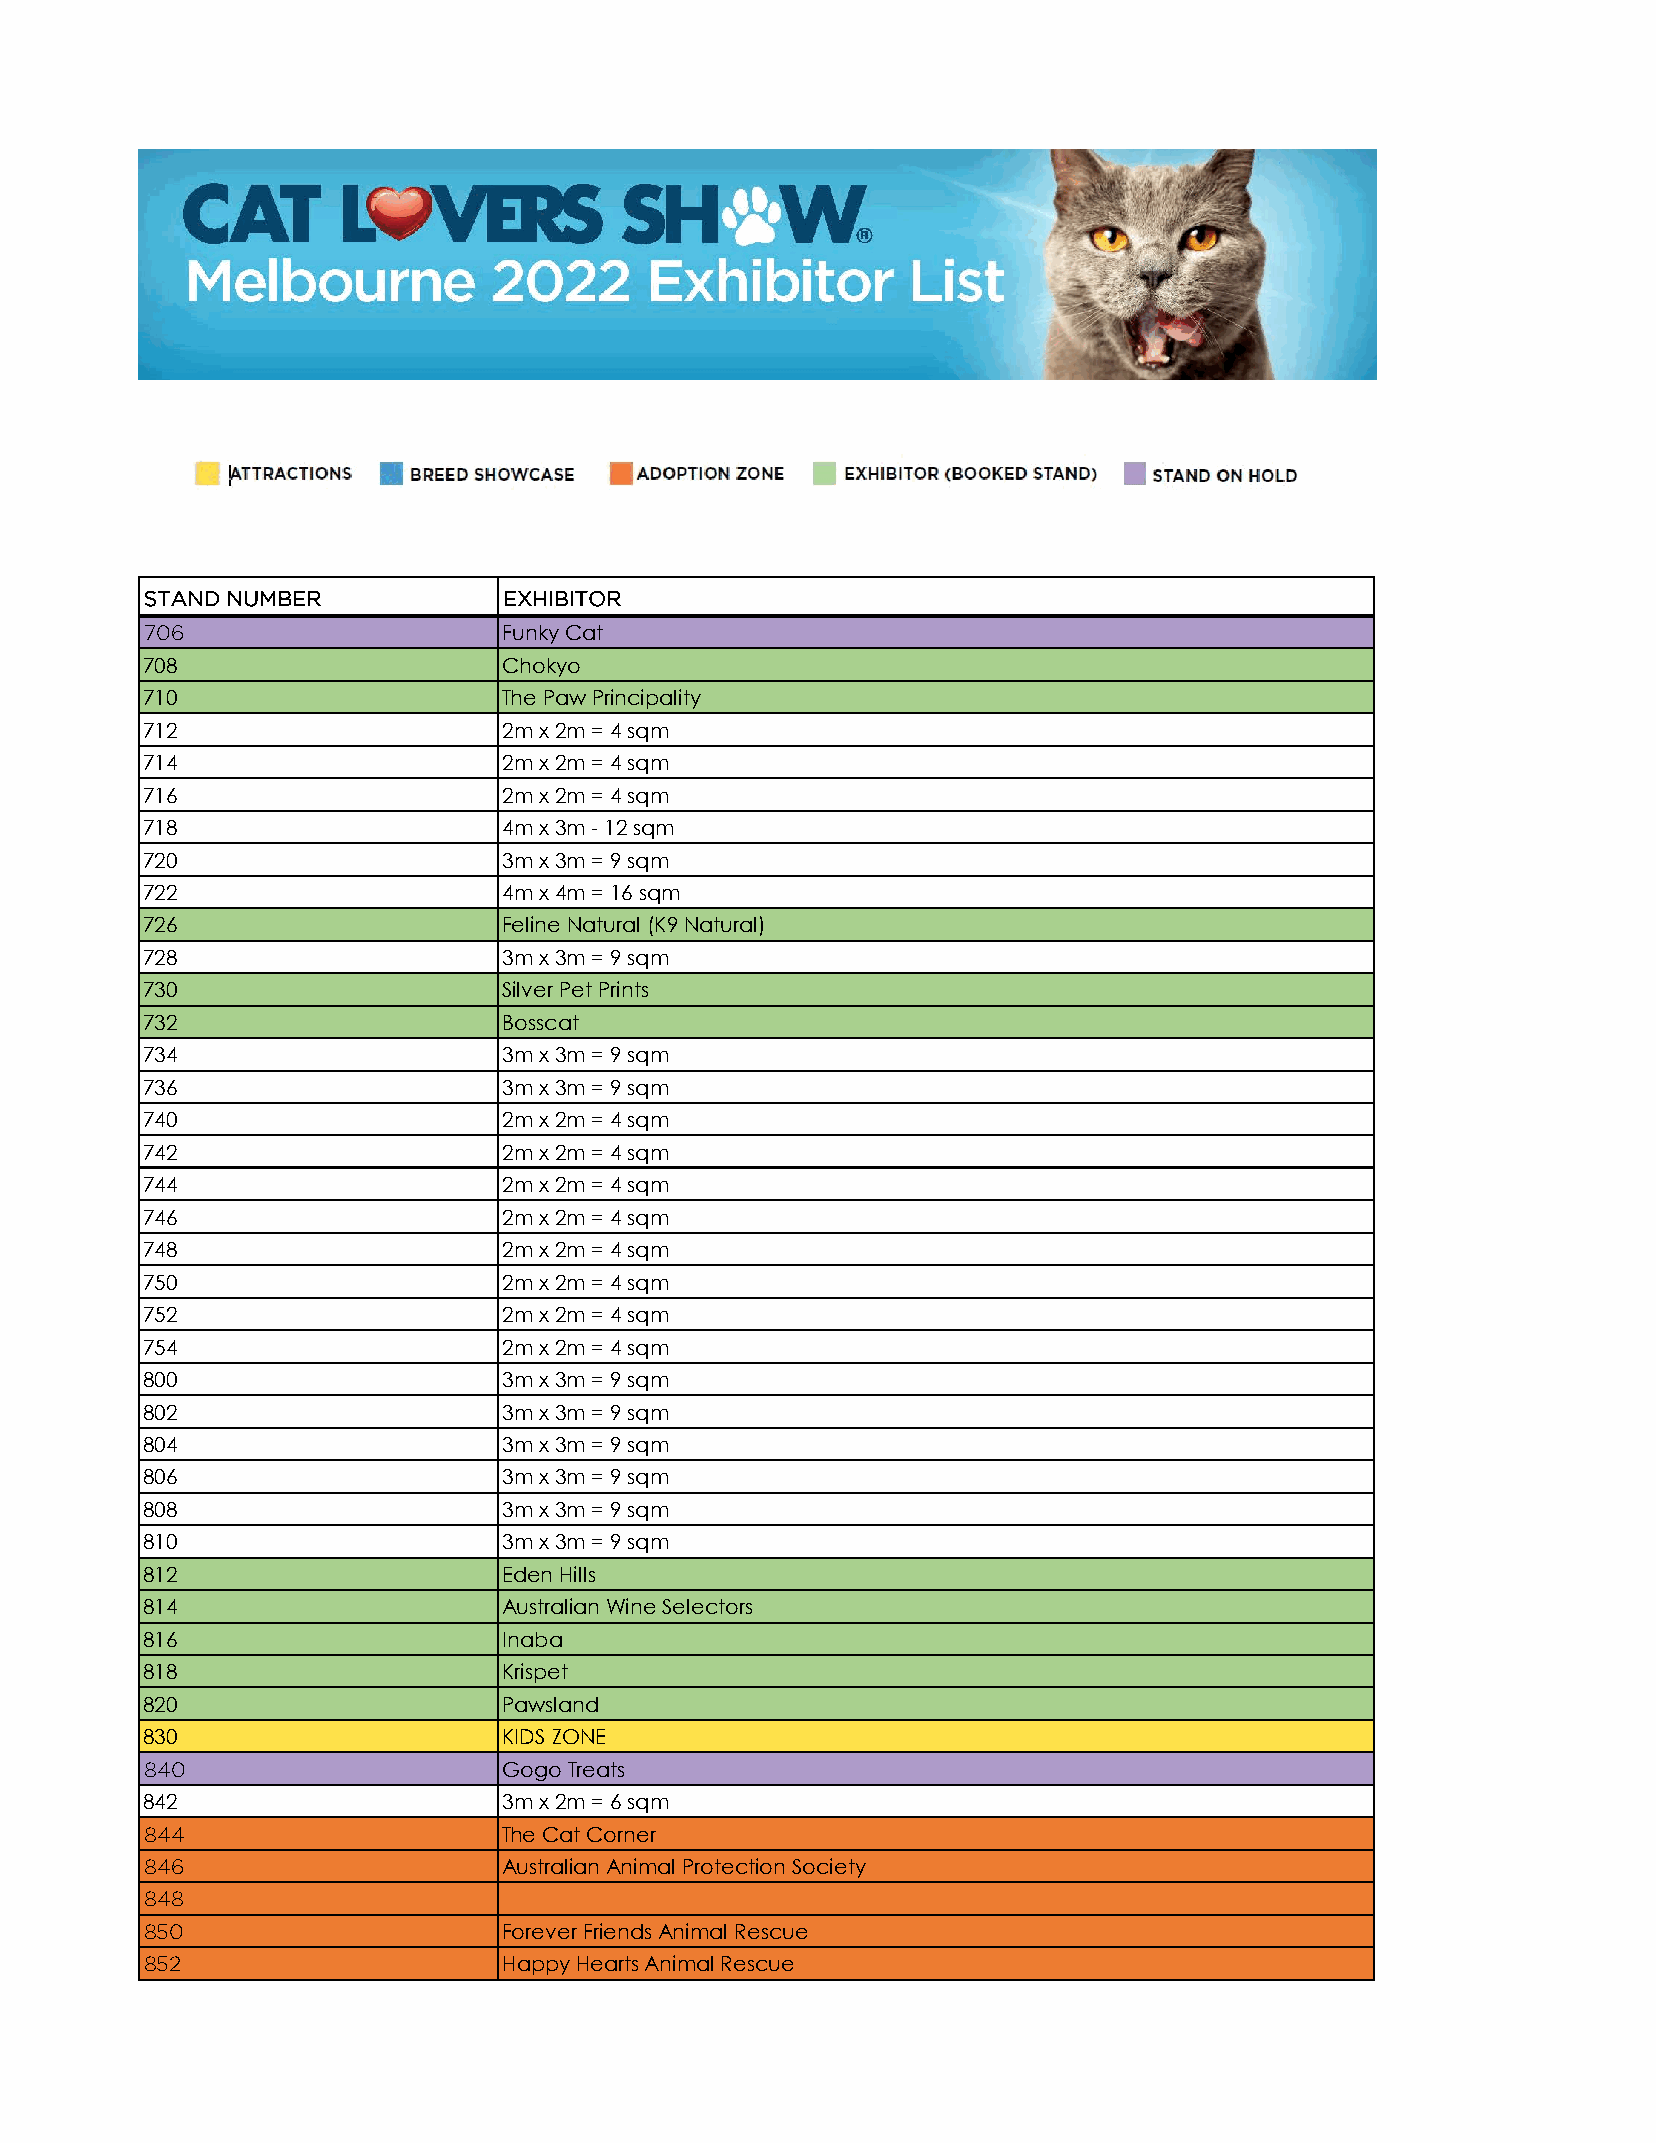
STAND NUMBER           EXHIBITOR
 706                    Funky Cat
 708                     Chokyo
 710                     The Paw Principality
 712                     2m x 2m = 4 sqm
 714                     2m x 2m = 4 sqm
 716                     2m x 2m = 4 sqm
 718                     4m x 3m - 12 sqm
 720                     3m x 3m = 9 sqm
 722                     4m x 4m = 16 sqm
 726                     Feline Natural (K9 Natural)
 728                     3m x 3m = 9 sqm
 730                     Silver Pet Prints
 732                     Bosscat
 734                     3m x 3m = 9 sqm
 736                     3m x 3m = 9 sqm
 740                     2m x 2m = 4 sqm
 742                     2m x 2m = 4 sqm
 744                     2m x 2m = 4 sqm
 746                     2m x 2m = 4 sqm
 748                     2m x 2m = 4 sqm
 750                     2m x 2m = 4 sqm
 752                     2m x 2m = 4 sqm
 754                     2m x 2m = 4 sqm
 800                     3m x 3m = 9 sqm
 802                     3m x 3m = 9 sqm
 804                     3m x 3m = 9 sqm
 806                     3m x 3m = 9 sqm
 808                     3m x 3m = 9 sqm
 810                     3m x 3m = 9 sqm
 812                     Eden Hills
 814                     Australian Wine Selectors
 816                     Inaba
 818                     Krispet
 820                     Pawsland
 830                     KIDS ZONE
 840                    Gogo Treats
 842                     3m x 2m = 6 sqm
 844                    The Cat Corner
 846                    Australian Animal Protection Society
 848
 850                    Forever Friends Animal Rescue
 852                    Happy Hearts Animal Rescue